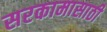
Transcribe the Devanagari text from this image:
सरकामासाठी